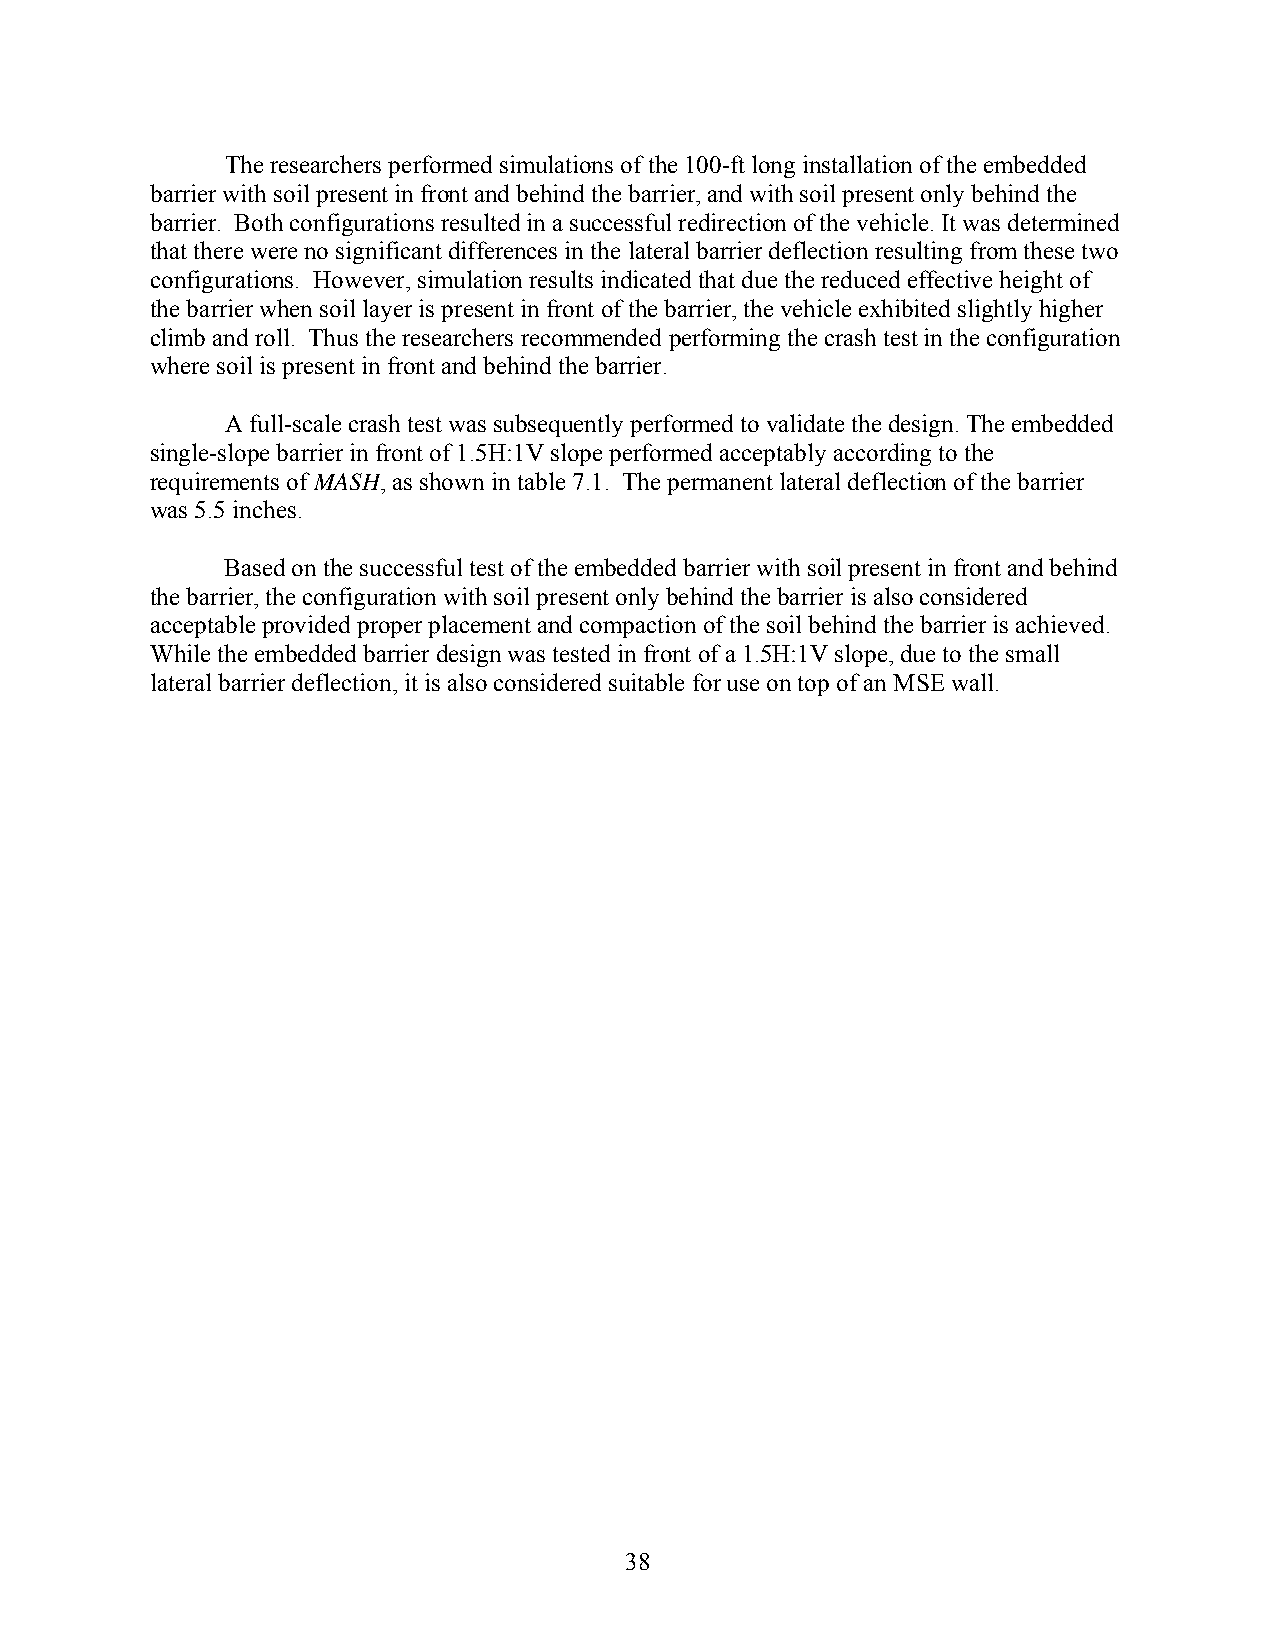
The researchers performed simulations of the 100-ft long installation of the embedded
 barrier with soil present in front and behind the barrier, and with soil present only behind the
 barrier. Both configurations resulted in a successful redirection of the vehicle. It was determined
 that there were no significant differences in the lateral barrier deflection resulting from these two
 configurations. However, simulation results indicated that due the reduced effective height of
 the barrier when soil layer is present in front of the barrier, the vehicle exhibited slightly higher
 climb and roll. Thus the researchers recommended performing the crash test in the configuration
 where soil is present in front and behind the barrier.
 A full-scale crash test was subsequently performed to validate the design. The embedded
 single-slope barrier in front of 1.5H:1V slope performed acceptably according to the
 requirements of MASH, as shown in table 7.1. The permanent lateral deflection of the barrier
 was 5.5 inches.
 Based on the successful test of the embedded barrier with soil present in front and behind
 the barrier, the configuration with soil present only behind the barrier is also considered
 acceptable provided proper placement and compaction of the soil behind the barrier is achieved.
 While the embedded barrier design was tested in front of a 1.5H:1V slope, due to the small
 lateral barrier deflection, it is also considered suitable for use on top of an MSE wall.
 38